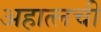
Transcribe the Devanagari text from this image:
अहात्लची